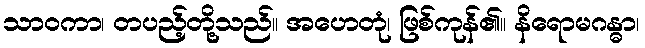
သာဝကာ၊ တပည့်တို့သည်။ အဟေတုံ၊ ဖြစ်ကုန်၏။ နိရောမဂန္ဓာ၊